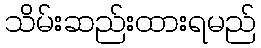
သိမ်းဆည်းထားရမည်